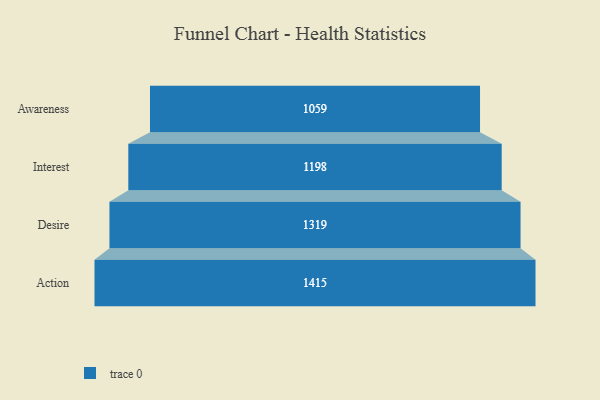
{"axis": {"x": "Stage", "y": "Value"}, "legend": [""], "data": [{"x": "Awareness", "y": 1059.0, "type": ""}, {"x": "Interest", "y": 1198.0, "type": ""}, {"x": "Desire", "y": 1319.0, "type": ""}, {"x": "Action", "y": 1415.0, "type": ""}]}